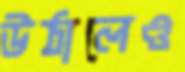
উঠালেও